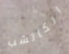
الكاتشب